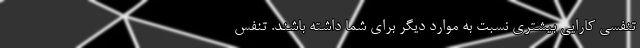
تنفسی کارایی بیشتری نسبت به موارد دیگر برای شما داشته باشند. تنفس